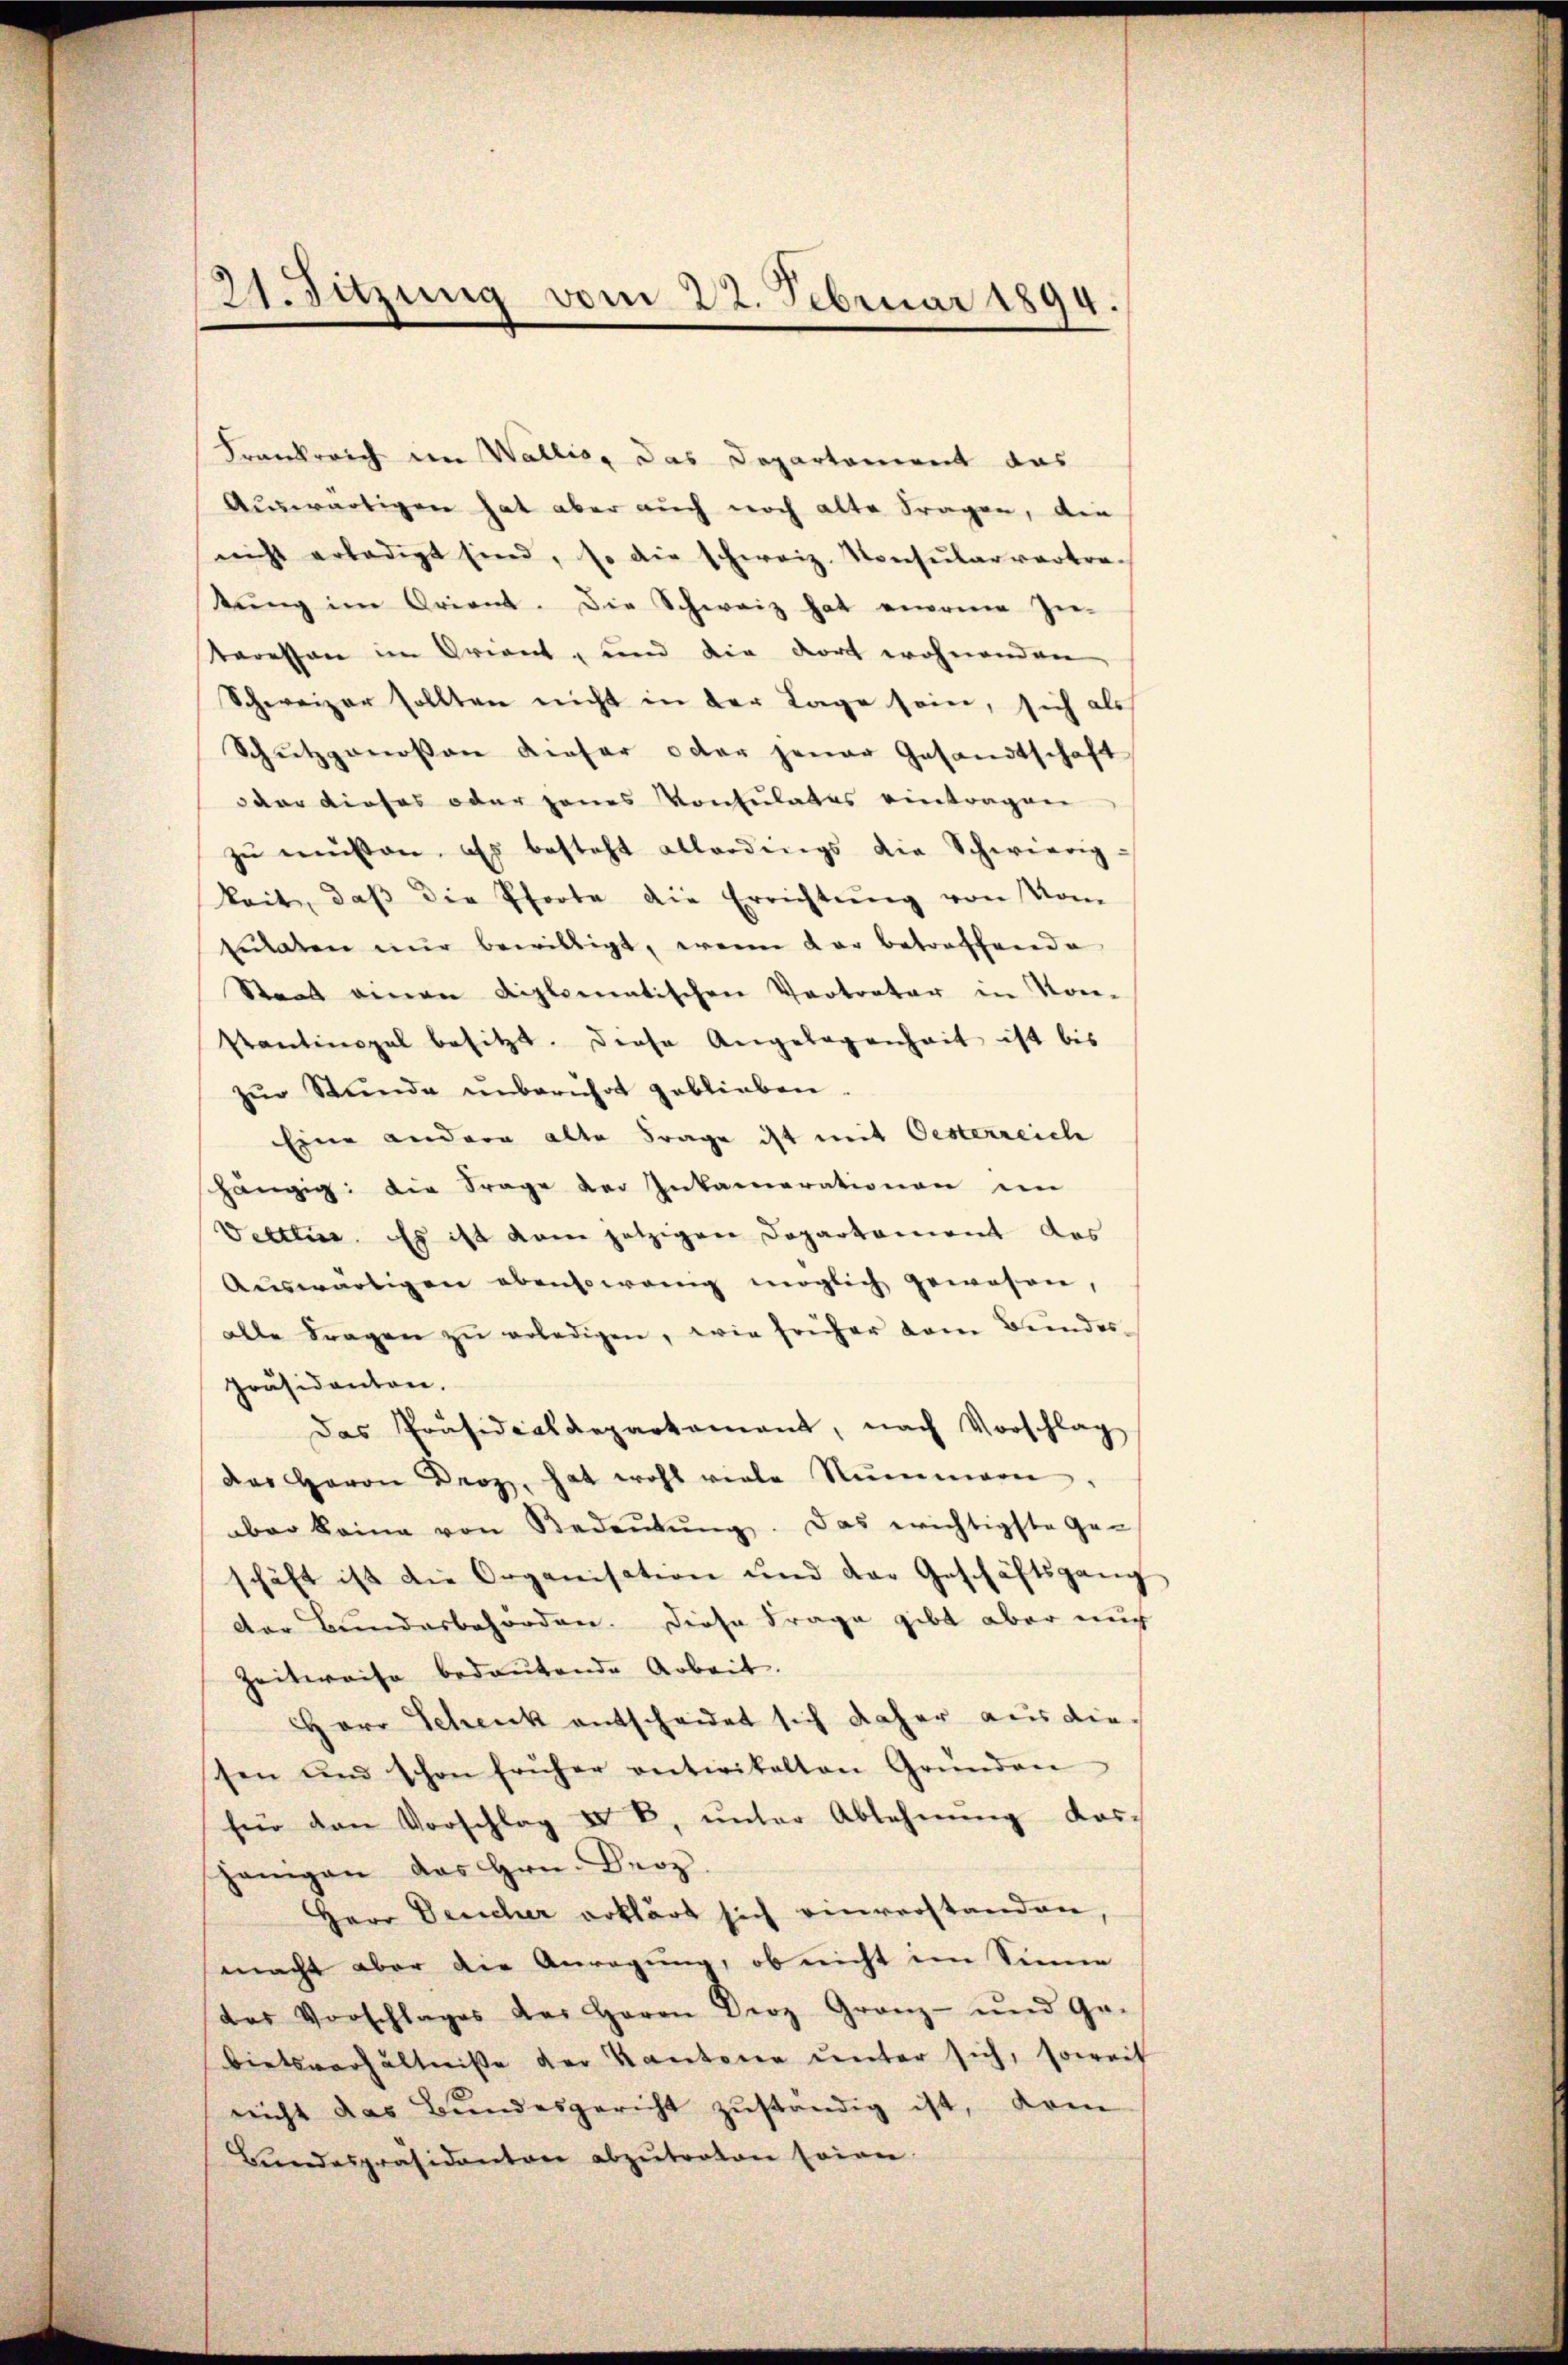
21. Juzung vom 22. Februar 1894.

Frankreich im Wallis, das Departement das
Auswärtigen hat aber auch noch alte Fragen, die
nicht erledigt sind, so die schweiz. Konsularvertra-
kŭng im Orient. Die Schweiz hat einem In-
teressen im Orient, und die dort wohnenden
Schweizer sollten nicht in der Lage sein, sich als
Schutzponossen dieser oder jener Gesandtschaft
oder dieses oder jenes Konsulates eintragen
zŭ müssen. Es besteht allerdings die Schwierig-
keit, daβ die Pforte die Errichtung von vom
tulaten nŭr bewilligt, wenn dar betreffende
Staat einen diplomatischen Vertrater in Kon-
Pantinopel besitzt. Diese Angelegenheit ist bis
zŭr Stunde unberührt geblieben.
Eine andere alte Frage ist mit Oesterreich
shängig die Frage der Inkamerationen in
Vetteur. Es ist kam jetzigen Departament des
Aŭswärtigen ebensowenig möglich gewesen,
alle Fragen zŭ erledigen, wie früher dem Bundes-
Präsidenten.
Das Präsidialdepartement, nach Vorschlag
das Herrn Droz, hat wohl viele Nummern.
aber keine von Bedeŭtŭng. Das erichtigste Geschäft ist die Organisation und der Geschäftsgang
der Bundesbehörden. Diese Frage gibt aber auch
Zeitweise bedeutende Arbeit.
HHerr Schenk entscheidet sich daher aus die-
sen und schon früher entwikalten Gründen
für den Vorschlag IV D, ŭnter Ablehnŭng das
jenigen das Hrn. Berz
Herr Deucher erklärt sich einverstanden
macht aber die Anregung, ob nicht im Sinne
das Vorschlages das Herrn Droz Granz- und Ge-
bietsverhältnisse der Kantone unter sich, soweit
nicht das Bundesgericht zŭständig ist, dem
Bŭndespräsidenten abzŭtraten seien.